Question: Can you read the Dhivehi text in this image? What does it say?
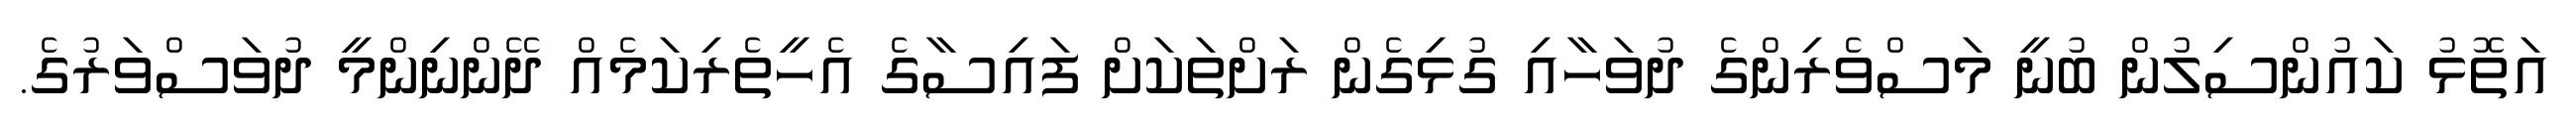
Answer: އަތޮޅު ކައުންސިލުން ބުނީ މަސްވެރިންގެ ދުވަހާއި ގުޅިގެން ރަށްތަކަށް ފައިސާގެ އެހީތެރިކަމެއް ދޭންނިންމީ ދުވަސްވަރުގެ.